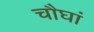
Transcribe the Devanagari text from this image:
चौघां